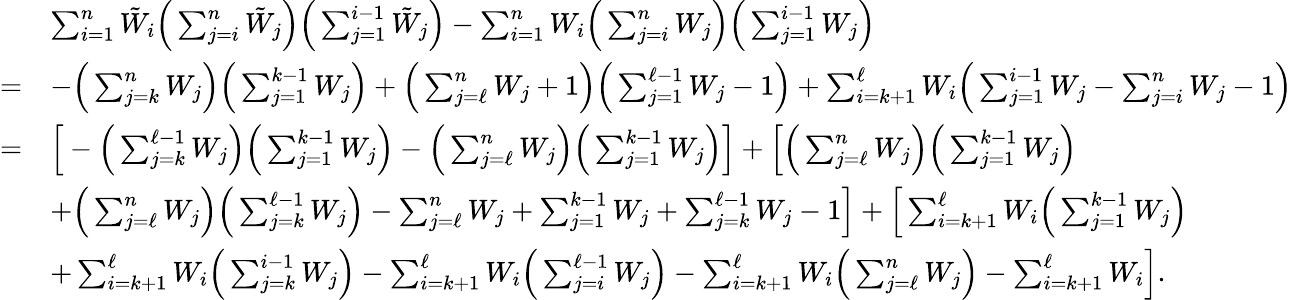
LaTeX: \begin{array}{rl}&{\sum_{i=1}^{n}{\tilde{W}}_{i}\Big(\sum_{j=i}^{n}{\tilde{W}}_{j}\Big)\Big(\sum_{j=1}^{i-1}{\tilde{W}}_{j}\Big)-\sum_{i=1}^{n}W_{i}\Big(\sum_{j=i}^{n}W_{j}\Big)\Big(\sum_{j=1}^{i-1}W_{j}\Big)}\\ {=}&{-\Big(\sum_{j=k}^{n}W_{j}\Big)\Big(\sum_{j=1}^{k-1}W_{j}\Big)+\Big(\sum_{j=\ell}^{n}W_{j}+1\Big)\Big(\sum_{j=1}^{\ell-1}W_{j}-1\Big)+\sum_{i=k+1}^{\ell}W_{i}\Big(\sum_{j=1}^{i-1}W_{j}-\sum_{j=i}^{n}W_{j}-1\Big)}\\ {=}&{\Big[-\Big(\sum_{j=k}^{\ell-1}W_{j}\Big)\Big(\sum_{j=1}^{k-1}W_{j}\Big)-\Big(\sum_{j=\ell}^{n}W_{j}\Big)\Big(\sum_{j=1}^{k-1}W_{j}\Big)\Big]+\Big[\Big(\sum_{j=\ell}^{n}W_{j}\Big)\Big(\sum_{j=1}^{k-1}W_{j}\Big)}\\ &{+\Big(\sum_{j=\ell}^{n}W_{j}\Big)\Big(\sum_{j=k}^{\ell-1}W_{j}\Big)-\sum_{j=\ell}^{n}W_{j}+\sum_{j=1}^{k-1}W_{j}+\sum_{j=k}^{\ell-1}W_{j}-1\Big]+\Big[\sum_{i=k+1}^{\ell}W_{i}\Big(\sum_{j=1}^{k-1}W_{j}\Big)}\\ &{+\sum_{i=k+1}^{\ell}W_{i}\Big(\sum_{j=k}^{i-1}W_{j}\Big)-\sum_{i=k+1}^{\ell}W_{i}\Big(\sum_{j=i}^{\ell-1}W_{j}\Big)-\sum_{i=k+1}^{\ell}W_{i}\Big(\sum_{j=\ell}^{n}W_{j}\Big)-\sum_{i=k+1}^{\ell}W_{i}\Big].}\end{array}